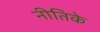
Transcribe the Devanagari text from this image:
नीतिके